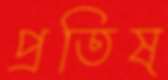
প্রতিষ্